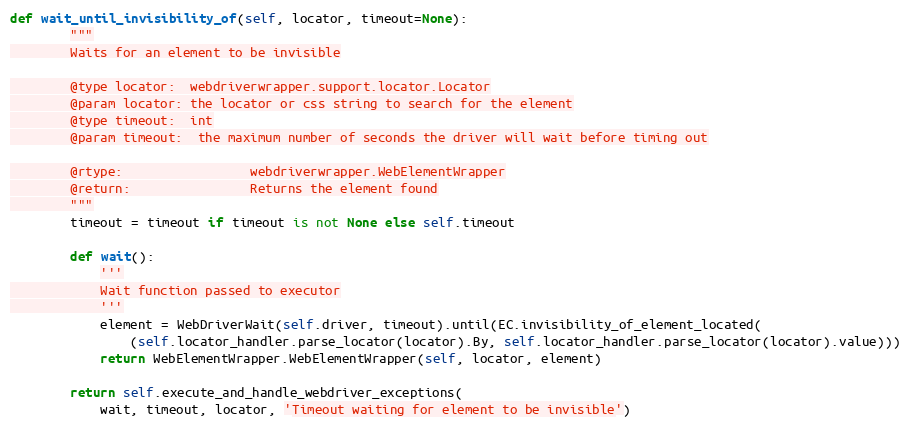
Language: Python
def wait_until_invisibility_of(self, locator, timeout=None):
        """
        Waits for an element to be invisible

        @type locator:  webdriverwrapper.support.locator.Locator
        @param locator: the locator or css string to search for the element
        @type timeout:  int
        @param timeout:  the maximum number of seconds the driver will wait before timing out

        @rtype:                 webdriverwrapper.WebElementWrapper
        @return:                Returns the element found
        """
        timeout = timeout if timeout is not None else self.timeout

        def wait():
            '''
            Wait function passed to executor
            '''
            element = WebDriverWait(self.driver, timeout).until(EC.invisibility_of_element_located(
                (self.locator_handler.parse_locator(locator).By, self.locator_handler.parse_locator(locator).value)))
            return WebElementWrapper.WebElementWrapper(self, locator, element)

        return self.execute_and_handle_webdriver_exceptions(
            wait, timeout, locator, 'Timeout waiting for element to be invisible')